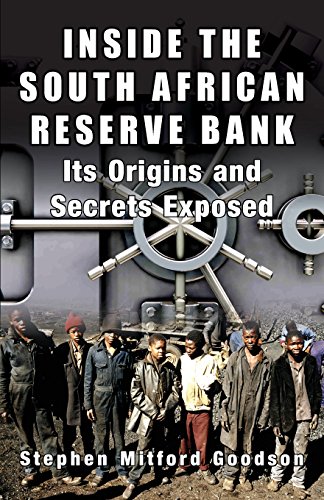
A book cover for Inside the South African Reserve Bank - Its Origins and Secrets Exposed; Stephen Mitford Goodson; History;